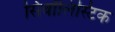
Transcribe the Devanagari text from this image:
सिंबॉलिस्टिक